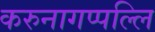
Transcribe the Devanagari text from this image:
करुनागप्पल्लि